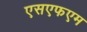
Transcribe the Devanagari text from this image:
एसएफएम